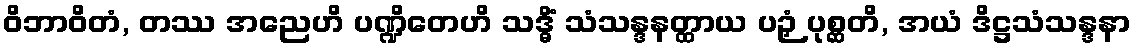
ဝိဘာဝိတံ, တဿ အညေဟိ ပဏ္ဍိတေဟိ သဒ္ဓိံ သံသန္ဒနတ္ထာယ ပဉှံ ပုစ္ဆတိ, အယံ ဒိဋ္ဌသံသန္ဒနာ